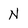
Character: N